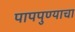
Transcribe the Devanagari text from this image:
पापपुण्याचा